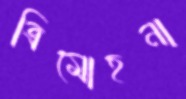
ত্রিমোহনা